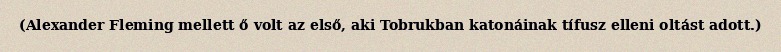
(Alexander Fleming mellett ő volt az első, aki Tobrukban katonáinak tífusz elleni oltást adott.)